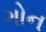
ગોન